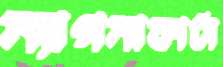
ম্যাগনাকার্টা